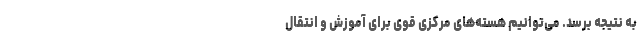
به نتیجه برسد. می‌‌توانیم هسته‌‌های مرکزی قوی برای آموزش و انتقال